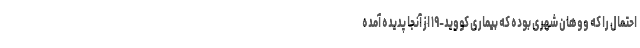
احتمال را که ووهان شهری بوده که بیماری کووید-۱۹ از آنجا پدیده آمده